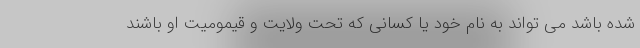
شده باشد می تواند به نام خود یا کسانی که تحت ولایت و قیمومیت او باشند